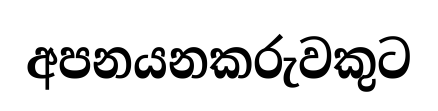
අපනයනකරුවකුට